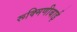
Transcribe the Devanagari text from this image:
रूक्मिणीबाई